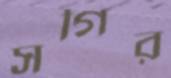
সগির